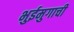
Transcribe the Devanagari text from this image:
भुईमुगाची